Indian journal of veterinary science and animal husbandry - Volumes 18-21, 1948-1951
Year: 1948
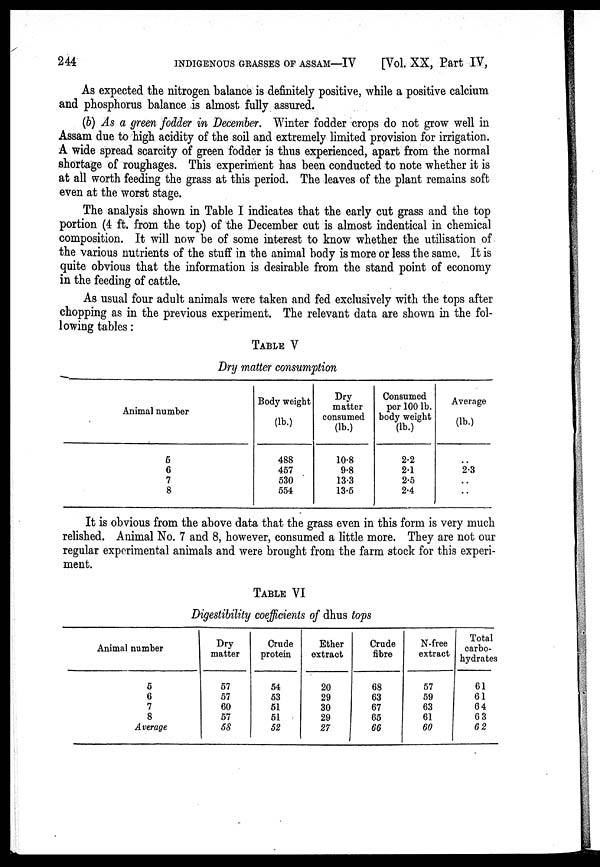
244 INDIGENOUS GRASSES OF ASSAM—IV [Vol. XX, Part IV,
As expected the nitrogen balance is definitely positive, while a positive calcium
and phosphorus balance is almost fully assured.
(b) As a green fodder in December. Winter fodder crops do not grow well in
Assam due to high acidity of the soil and extremely limited provision for irrigation.
A wide spread scarcity of green fodder is thus experienced, apart from the normal
shortage of roughages. This experiment has been conducted to note whether it is
at all worth feeding the grass at this period. The leaves of the plant remains soft
even at the worst stage.
The analysis shown in Table I indicates that the early cut grass and the top
portion (4 ft. from the top) of the December cut is almost indentical in chemical
composition. It will now be of some interest to know whether the utilisation of
the various nutrients of the stuff in the animal body is more or less the same. It is
quite obvious that the information is desirable from the stand point of economy
in the feeding of cattle.
As usual four adult animals were taken and fed exclusively with the tops after
chopping as in the previous experiment. The relevant data are shown in the fol-
lowing tables :
TABLE V
Dry matter consumption
Animal number
5
6
7
8
Body weight
(lb.)
488
457
530
554
Dry
matter
consumed
(lb.)
10.8
9.8
13.3
13.5
Consumed
per 100 lb.
body weight
(lb.)
2.2
2.1
2.5
2.4
Average
(lb.)
..
2.3
..
..
It is obvious from the above data that the grass even in this form is very much
relished. Animal No. 7 and 8, however, consumed a little more. They are not our
regular experimental animals and were brought from the farm stock for this experi-
ment.
TABLE VI
Digestibility coefficients of dhus tops
Animal number
5
6
7
8
Average
Dry
matter
57
57
60
57
58
Crude
protein
54
53
51
51
52
Ether
extract
20
29
30
29
27
Crude
fibre
68
63
67
65
66
N-free
extract
57
59
63
61
60
Total
carbo-
hydrates
61
61
64
63
62